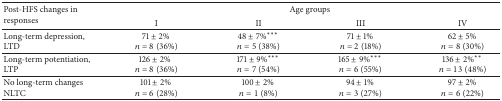
<table><thead><tr><td rowspan="2"><b>Post-HFS changes in responses </b></td><td colspan="4"><b>Age groups </b></td></tr><tr><td><b>I </b></td><td><b>II</b></td><td><b>III</b></td><td><b>IV</b></td></tr></thead><tbody><tr><td>Long-term depression,LTD</td><td>71 ± 2% <i>n</i> = 8 (36%)</td><td>48 ± 7%<sup>***</sup> <i>n</i> = 5 (38%)</td><td>71 ± 1% <i>n</i> = 2 (18%)</td><td>62 ± 5% <i>n</i> = 8 (30%)</td></tr><tr><td>Long-term potentiation, LTP</td><td>126 ± 2%<i>n</i> = 8 (36%)</td><td>171 ± 9%<sup>***</sup> <i>n</i> = 7 (54%)</td><td>165 ± 9%<sup>***</sup> <i>n</i> = 6 (55%)</td><td>136 ± 2%<sup>**</sup> <i>n</i> = 13 (48%)</td></tr><tr><td>No long-term changes NLTC</td><td>101 ± 2% <i>n</i> = 6 (28%)</td><td>100 ± 2% <i>n</i> = 1 (8%)</td><td>94 ± 1% <i>n</i> = 3 (27%)</td><td>97 ± 2% <i>n</i> = 6 (22%)</td></tr></tbody></table>